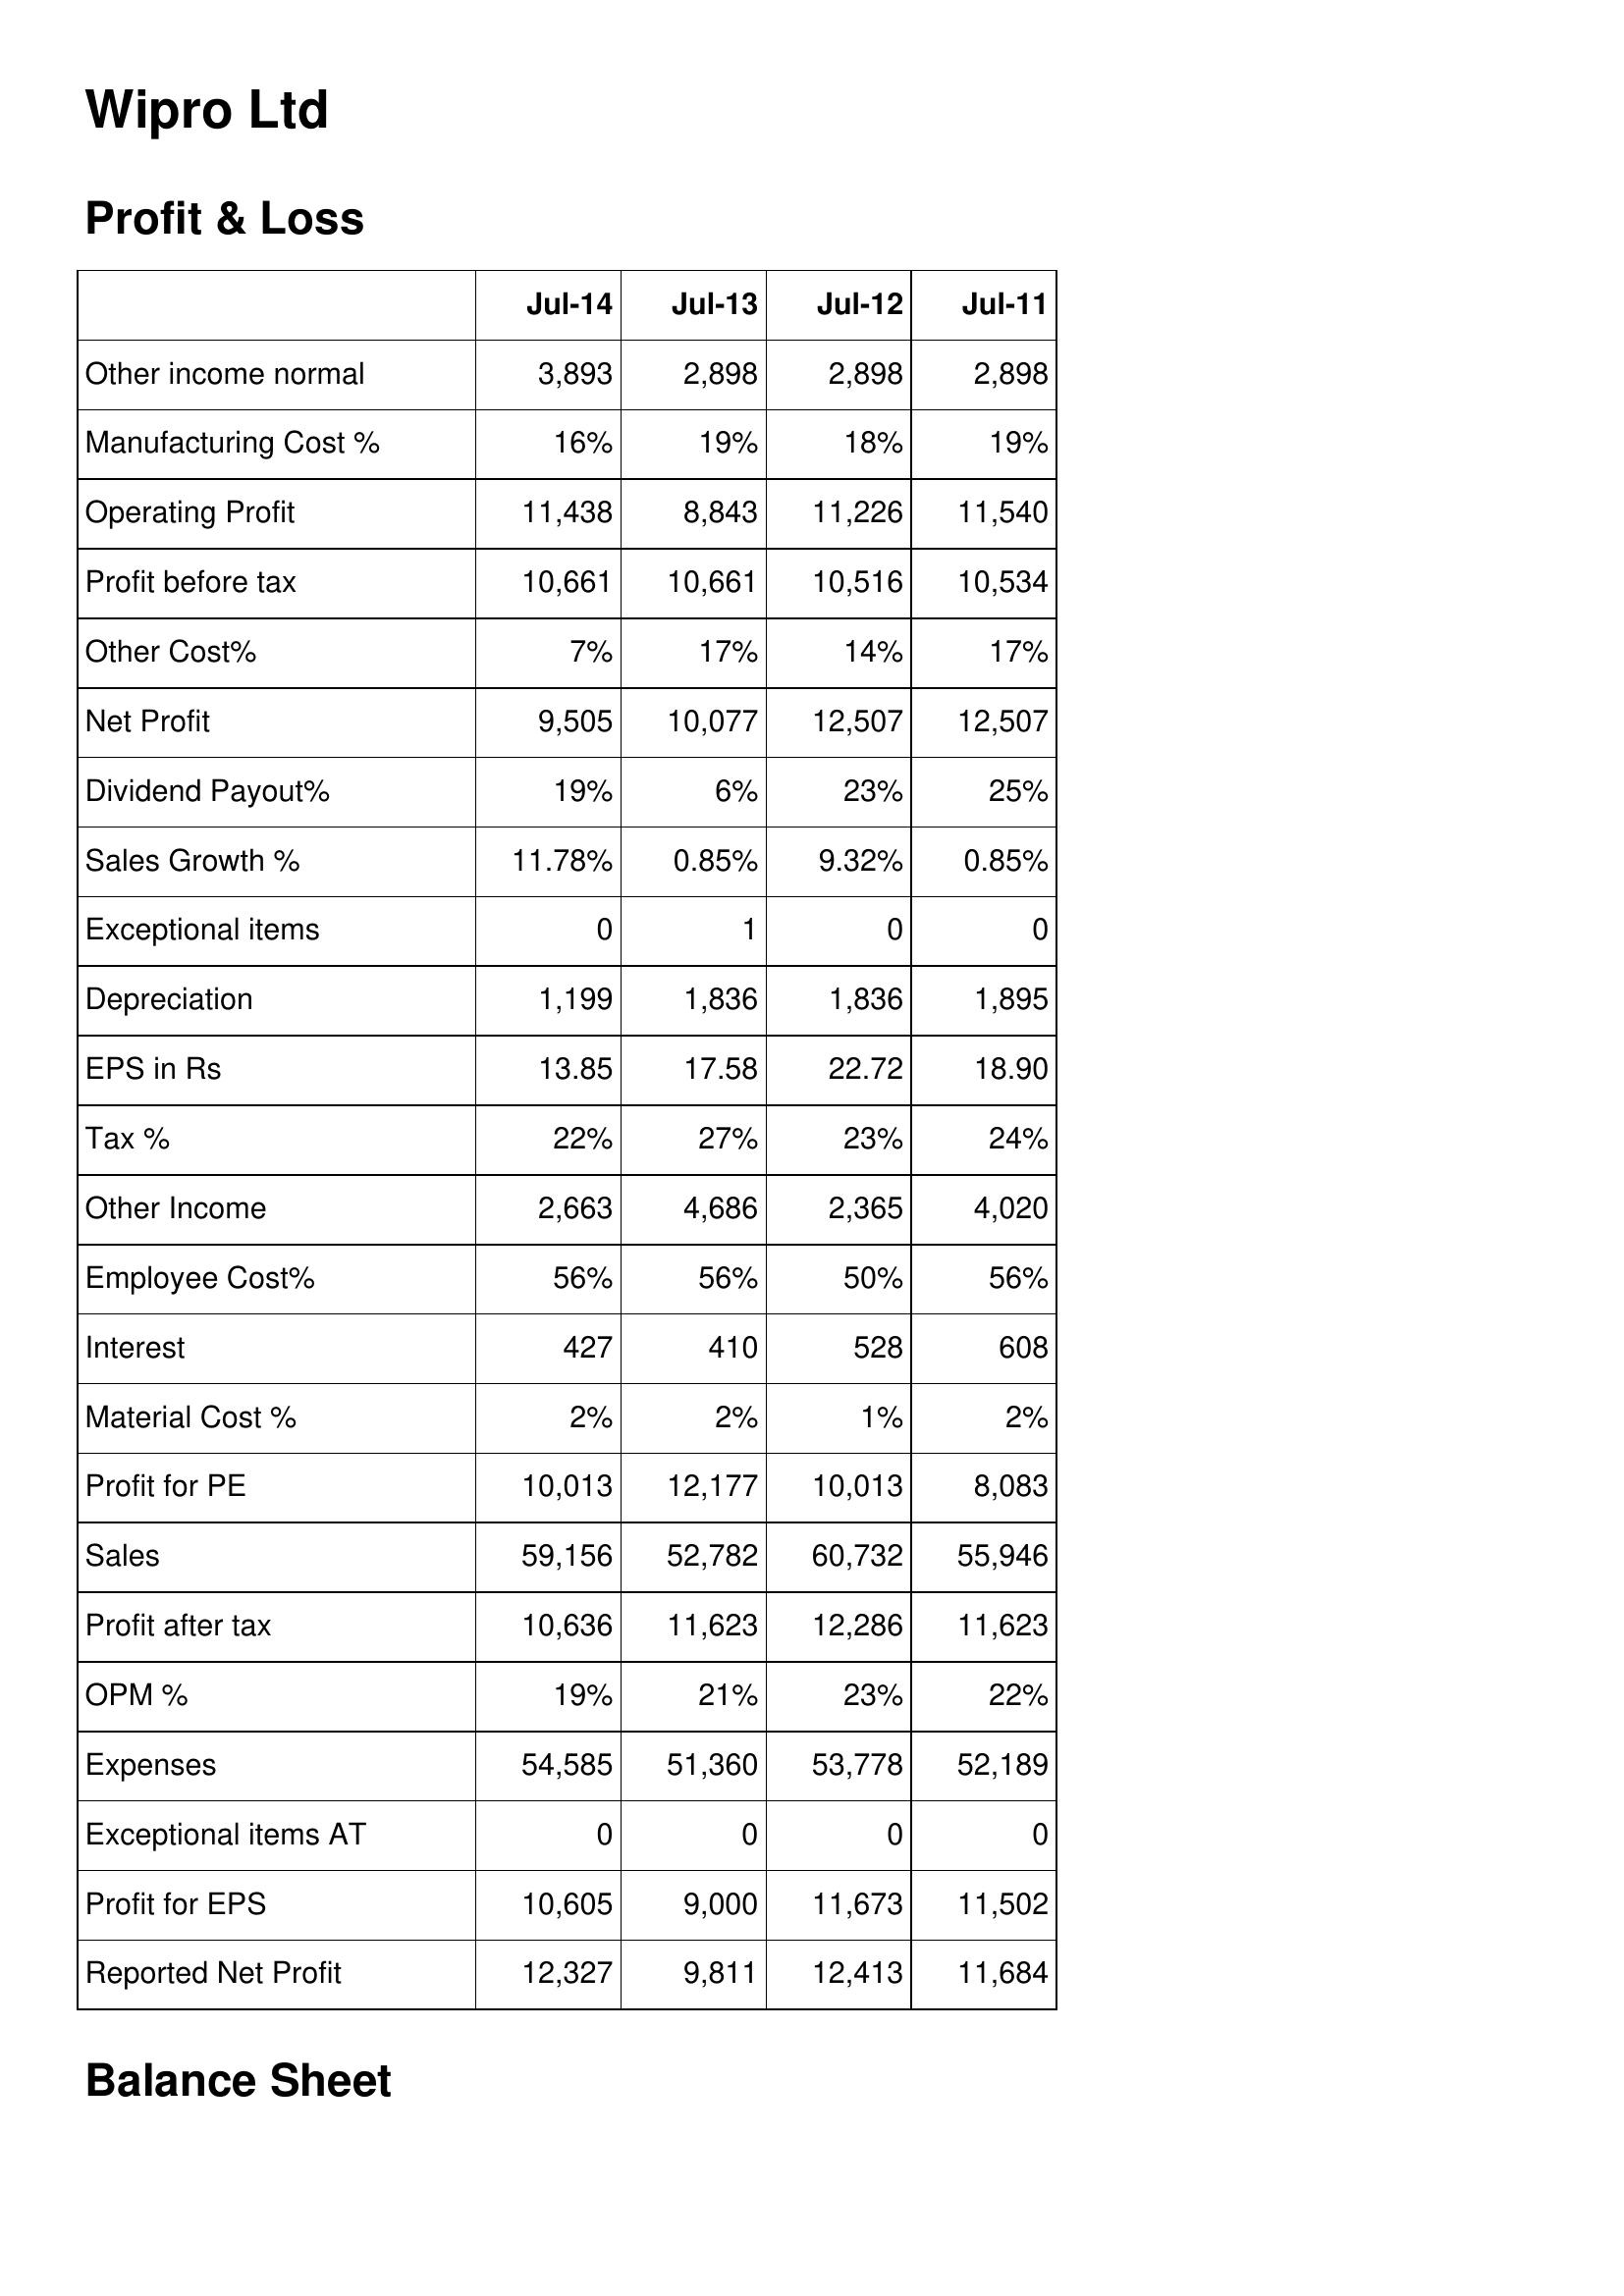
Jul-14: Profit & Loss: Other income normal: 3,893
Manufacturing Cost %: 16%
Operating Profit: 11,438
Profit before tax: 10,661
Other Cost%: 7%
Net Profit: 9,505
Dividend Payout%: 19%
Sales Growth %: 11.78%
Exceptional items: 0
Depreciation: 1,199
EPS in Rs: 13.85
Tax %: 22%
Other Income: 2,663
Employee Cost%: 56%
Interest: 427
Material Cost %: 2%
Profit for PE: 10,013
Sales: 59,156
Profit after tax: 10,636
OPM %: 19%
Expenses: 54,585
Exceptional items AT: 0
Profit for EPS: 10,605
Reported Net Profit: 12,327
Jul-13: Profit & Loss: Other income normal: 2,898
Manufacturing Cost %: 19%
Operating Profit: 8,843
Profit before tax: 10,661
Other Cost%: 17%
Net Profit: 10,077
Dividend Payout%: 6%
Sales Growth %: 0.85%
Exceptional items: 1
Depreciation: 1,836
EPS in Rs: 17.58
Tax %: 27%
Other Income: 4,686
Employee Cost%: 56%
Interest: 410
Material Cost %: 2%
Profit for PE: 12,177
Sales: 52,782
Profit after tax: 11,623
OPM %: 21%
Expenses: 51,360
Exceptional items AT: 0
Profit for EPS: 9,000
Reported Net Profit: 9,811
Jul-12: Profit & Loss: Other income normal: 2,898
Manufacturing Cost %: 18%
Operating Profit: 11,226
Profit before tax: 10,516
Other Cost%: 14%
Net Profit: 12,507
Dividend Payout%: 23%
Sales Growth %: 9.32%
Exceptional items: 0
Depreciation: 1,836
EPS in Rs: 22.72
Tax %: 23%
Other Income: 2,365
Employee Cost%: 50%
Interest: 528
Material Cost %: 1%
Profit for PE: 10,013
Sales: 60,732
Profit after tax: 12,286
OPM %: 23%
Expenses: 53,778
Exceptional items AT: 0
Profit for EPS: 11,673
Reported Net Profit: 12,413
Jul-11: Profit & Loss: Other income normal: 2,898
Manufacturing Cost %: 19%
Operating Profit: 11,540
Profit before tax: 10,534
Other Cost%: 17%
Net Profit: 12,507
Dividend Payout%: 25%
Sales Growth %: 0.85%
Exceptional items: 0
Depreciation: 1,895
EPS in Rs: 18.90
Tax %: 24%
Other Income: 4,020
Employee Cost%: 56%
Interest: 608
Material Cost %: 2%
Profit for PE: 8,083
Sales: 55,946
Profit after tax: 11,623
OPM %: 22%
Expenses: 52,189
Exceptional items AT: 0
Profit for EPS: 11,502
Reported Net Profit: 11,684